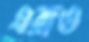
এরাও